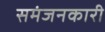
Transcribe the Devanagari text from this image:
समंजनकारी